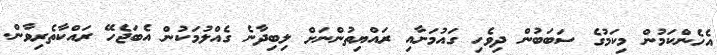
އެހެންކަމުން މިކަމުގެ ސަބަބުން ދިވެހި ގައުމަށާއި ރައްޔިތުންނަށް ލިބިދާނެ ގެއްލުމަކުން އެބަޖެހޭ ރައްކާތެރިވާން.